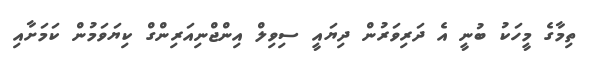
ތިމާގެ މީހަކު ބުނީ އެ ދަރިވަރުން ދިޔައީ ސިވިލް އިންޖްނިއަރިންގް ކިޔަވަމުން ކަމަށާއި